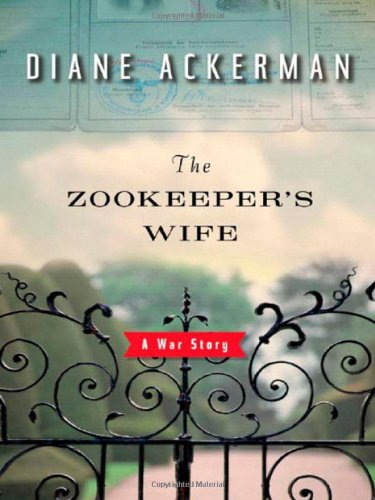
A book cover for The Zookeeper's Wife: A War Story; Diane Ackerman; History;